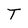
Character: T